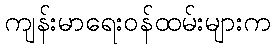
ကျန်းမာရေးဝန်ထမ်းများက